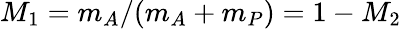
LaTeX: M_{1}=m_{A}/(m_{A}+m_{P})=1-M_{2}